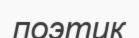
поэтик